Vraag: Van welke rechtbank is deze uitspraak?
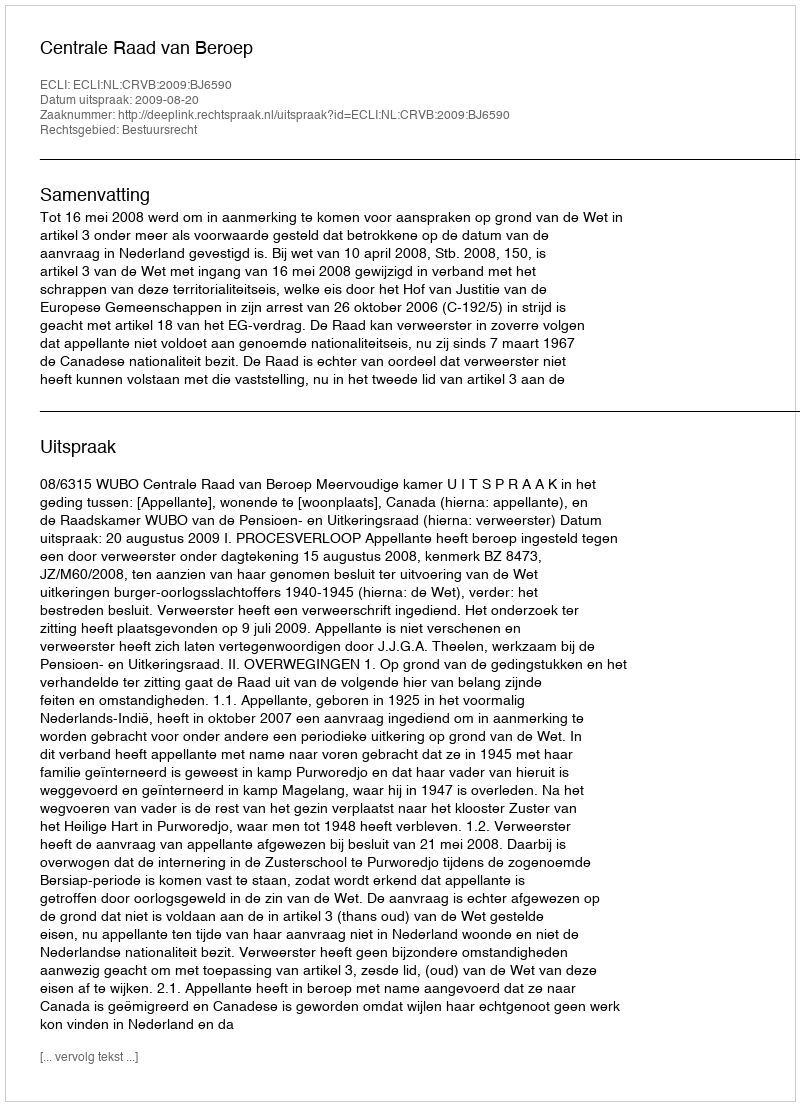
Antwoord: Centrale Raad van Beroep